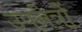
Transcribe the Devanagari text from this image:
उपनेत्रों